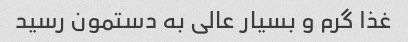
غذا گرم و بسیار عالی به دستمون رسید